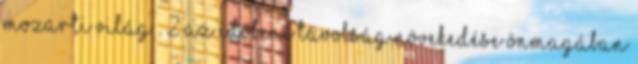
mozarti világ . 2 Az időbeni távolság növekedése önmagában